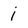
Character: i